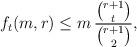
LaTeX: \begin{align*}f_t(m,r) \le m\, \frac{\binom{r+1}{t}}{\binom{r+1}{2}} ,\end{align*}